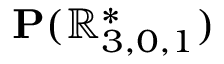
\mathbf { P } ( \mathbb { R } _ { 3 , 0 , 1 } ^ { * } )